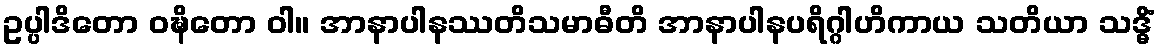
ဥပ္ပါဒိတော ဝဍ္ဎိတော ဝါ။ အာနာပါနဿတိသမာဓီတိ အာနာပါနပရိဂ္ဂါဟိကာယ သတိယာ သဒ္ဓိံ